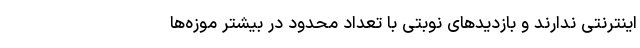
اینترنتی ندارند و بازدیدهای نوبتی با تعداد محدود در بیشتر موزه‌ها